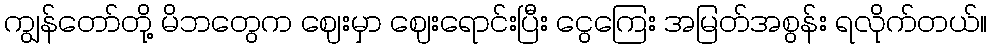
ကျွန်တော်တို့ မိဘတွေက ဈေးမှာ ဈေးရောင်းပြီး ငွေကြေး အမြတ်အစွန်း ရလိုက်တယ်။